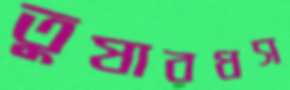
তুষারধস